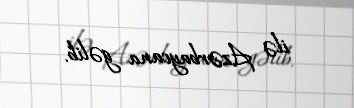
ilə Azərbaycana gəlib.